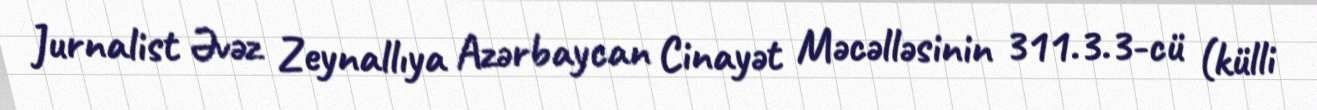
Jurnalist Əvəz Zeynallıya Azərbaycan Cinayət Məcəlləsinin 311.3.3-cü (külli